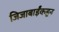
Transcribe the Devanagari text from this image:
जिजाबाईंकडून